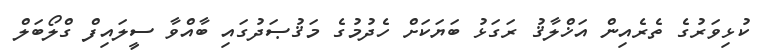
ކުޅިވަރުގެ ތެރެއިން އަޚްލާޤު ރަގަޅު ބަޔަކަށް ހެދުމުގެ މަޤުޞަދުގައި ބާއްވާ ސީލައިފް ގްލޯބަލް